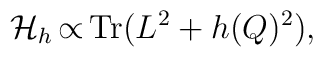
{\cal H}_{h}\thinspace {\propto} \thinspace {\rm Tr}(L^{2}+h(Q)^{2}),